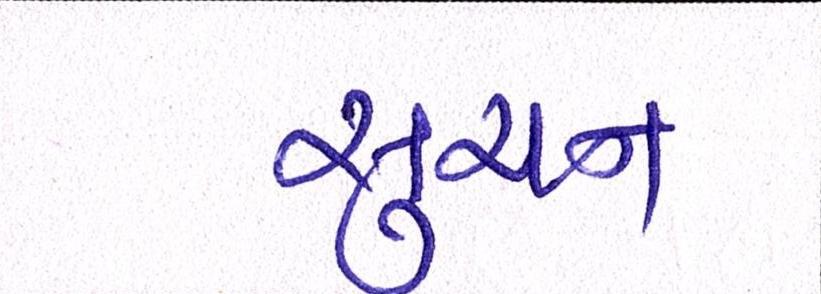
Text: સુચન